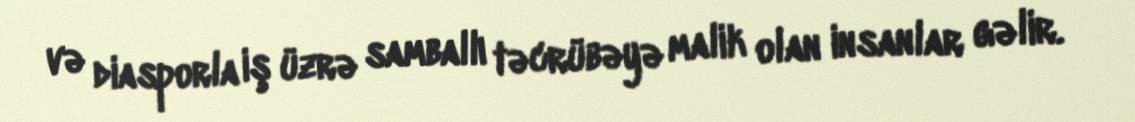
və diasporla iş üzrə samballı təcrübəyə malik olan insanlar gəlir.